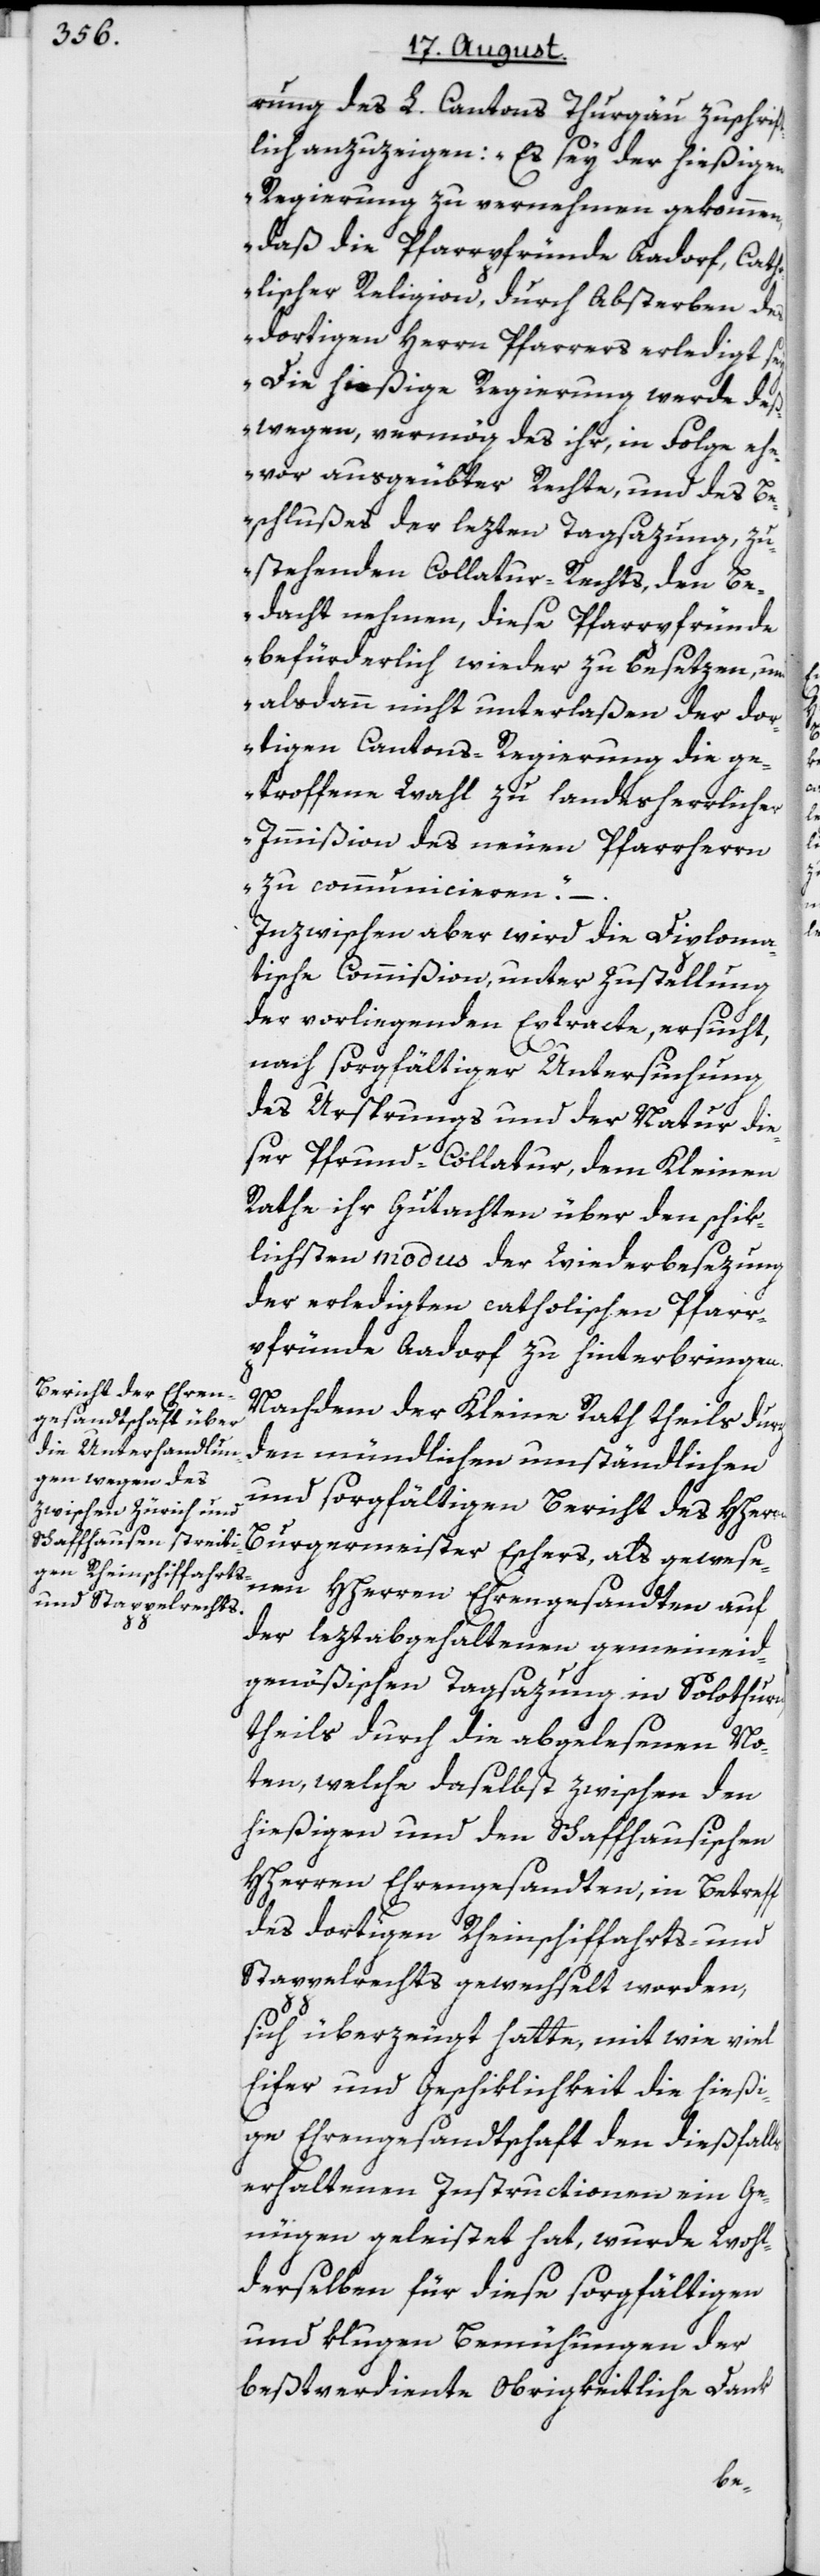
rung des L. Cantons Thurgau zuschrif¬
tlich anzuzeigen: „Es sey der hießigen
Regierung zu vernehmen gekommen,
daß die Pfarrpfründe Aadorf, Cath¬
olischer Religion, durch Absterben des
dortigen Herrn Pfarrers erledigt se¬
y. Die hießige Regierung werde de¬
ßwegen, vermög des ihr, in Folge ehe¬
vor ausgeübter Rechte, und des Be¬
schlußes der lezten Tagsazung, zu¬
stehenden Collatur-Rechts, den Be¬
dacht nehmen, diese Pfarrpfründe
befürderlich wieder zu besetzen, und
alsdann nicht unterlaßen der dor¬
tigen Cantons-Regierung die ge¬
troffene Wahl zu landesherrlicher
Immißion des neuen Pfarrherrn
zu communicieren.“ –
Inzwischen aber wird die Diploma¬
tische Commißion, unter Zustellung
der vorliegenden Extracte, ersucht,
nach sorgfältiger Untersuchung
des Ursprungs und der Natur die¬
ser Pfrund-Collatur, dem Kleinen
Rathe ihr Gutachten über den schik¬
lichsten modus der Wiederbesezung
der erledigten catholischen Pfarr¬
pfründe Aadorf zu hinterbringen.
Nachdem der Kleine Rath theils durch
den mündlichen umständlichen
und sorgfältigen Bericht des HHerrn
Burgermeister Eschers, als gewese¬
nen HHerren Ehrengesandten auf
der leztabgehaltenen gemeineid¬
genößischen Tagsazung in Solothurn,
theils durch die abgelesenen No¬
ten, welche daselbst zwischen den
hießigen und den Schaffhausischen
HHerren Ehrengesandten, in Betreff
des dortigen Rheinschiffahrts- und
Stappelrechts gewechselt worden,
sich überzeugt hatte, mit wie viel
Eifer und Geschiklichkeit die hießi¬
ge Ehrengesandtschaft den dießfalls
erhaltenen Instructionen ein Ge¬
nügen geleistet hat, wurde Wohl¬
derselben für diese sorgfältigen
und klugen Bemühungen der
beßtverdiente Obrigkeitliche Dank